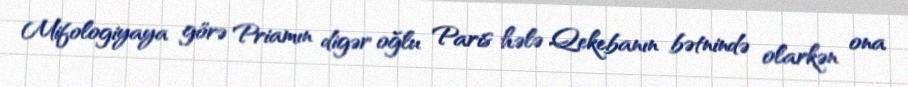
Mifologiyaya görə Priamın digər oğlu Paris hələ Qekebanın bətnində olarkən ona